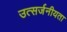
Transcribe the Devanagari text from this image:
उत्सर्जनीयता